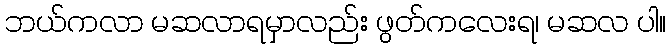
ဘယ်ကလာ မဆလာရမှာလည်း ဖွတ်ကလေးရ၊ မဆလ ပါ။